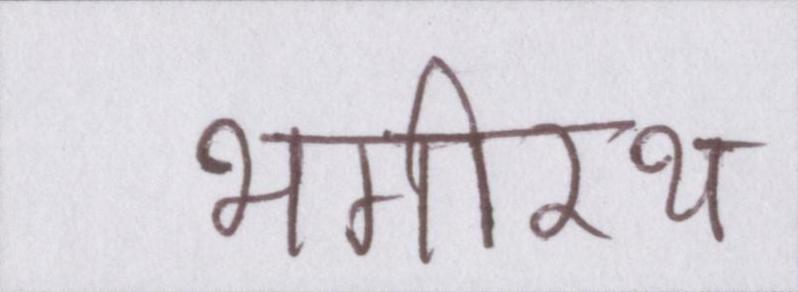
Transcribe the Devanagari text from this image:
भगीरथ